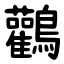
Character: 鸛